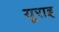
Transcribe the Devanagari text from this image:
यूराइ